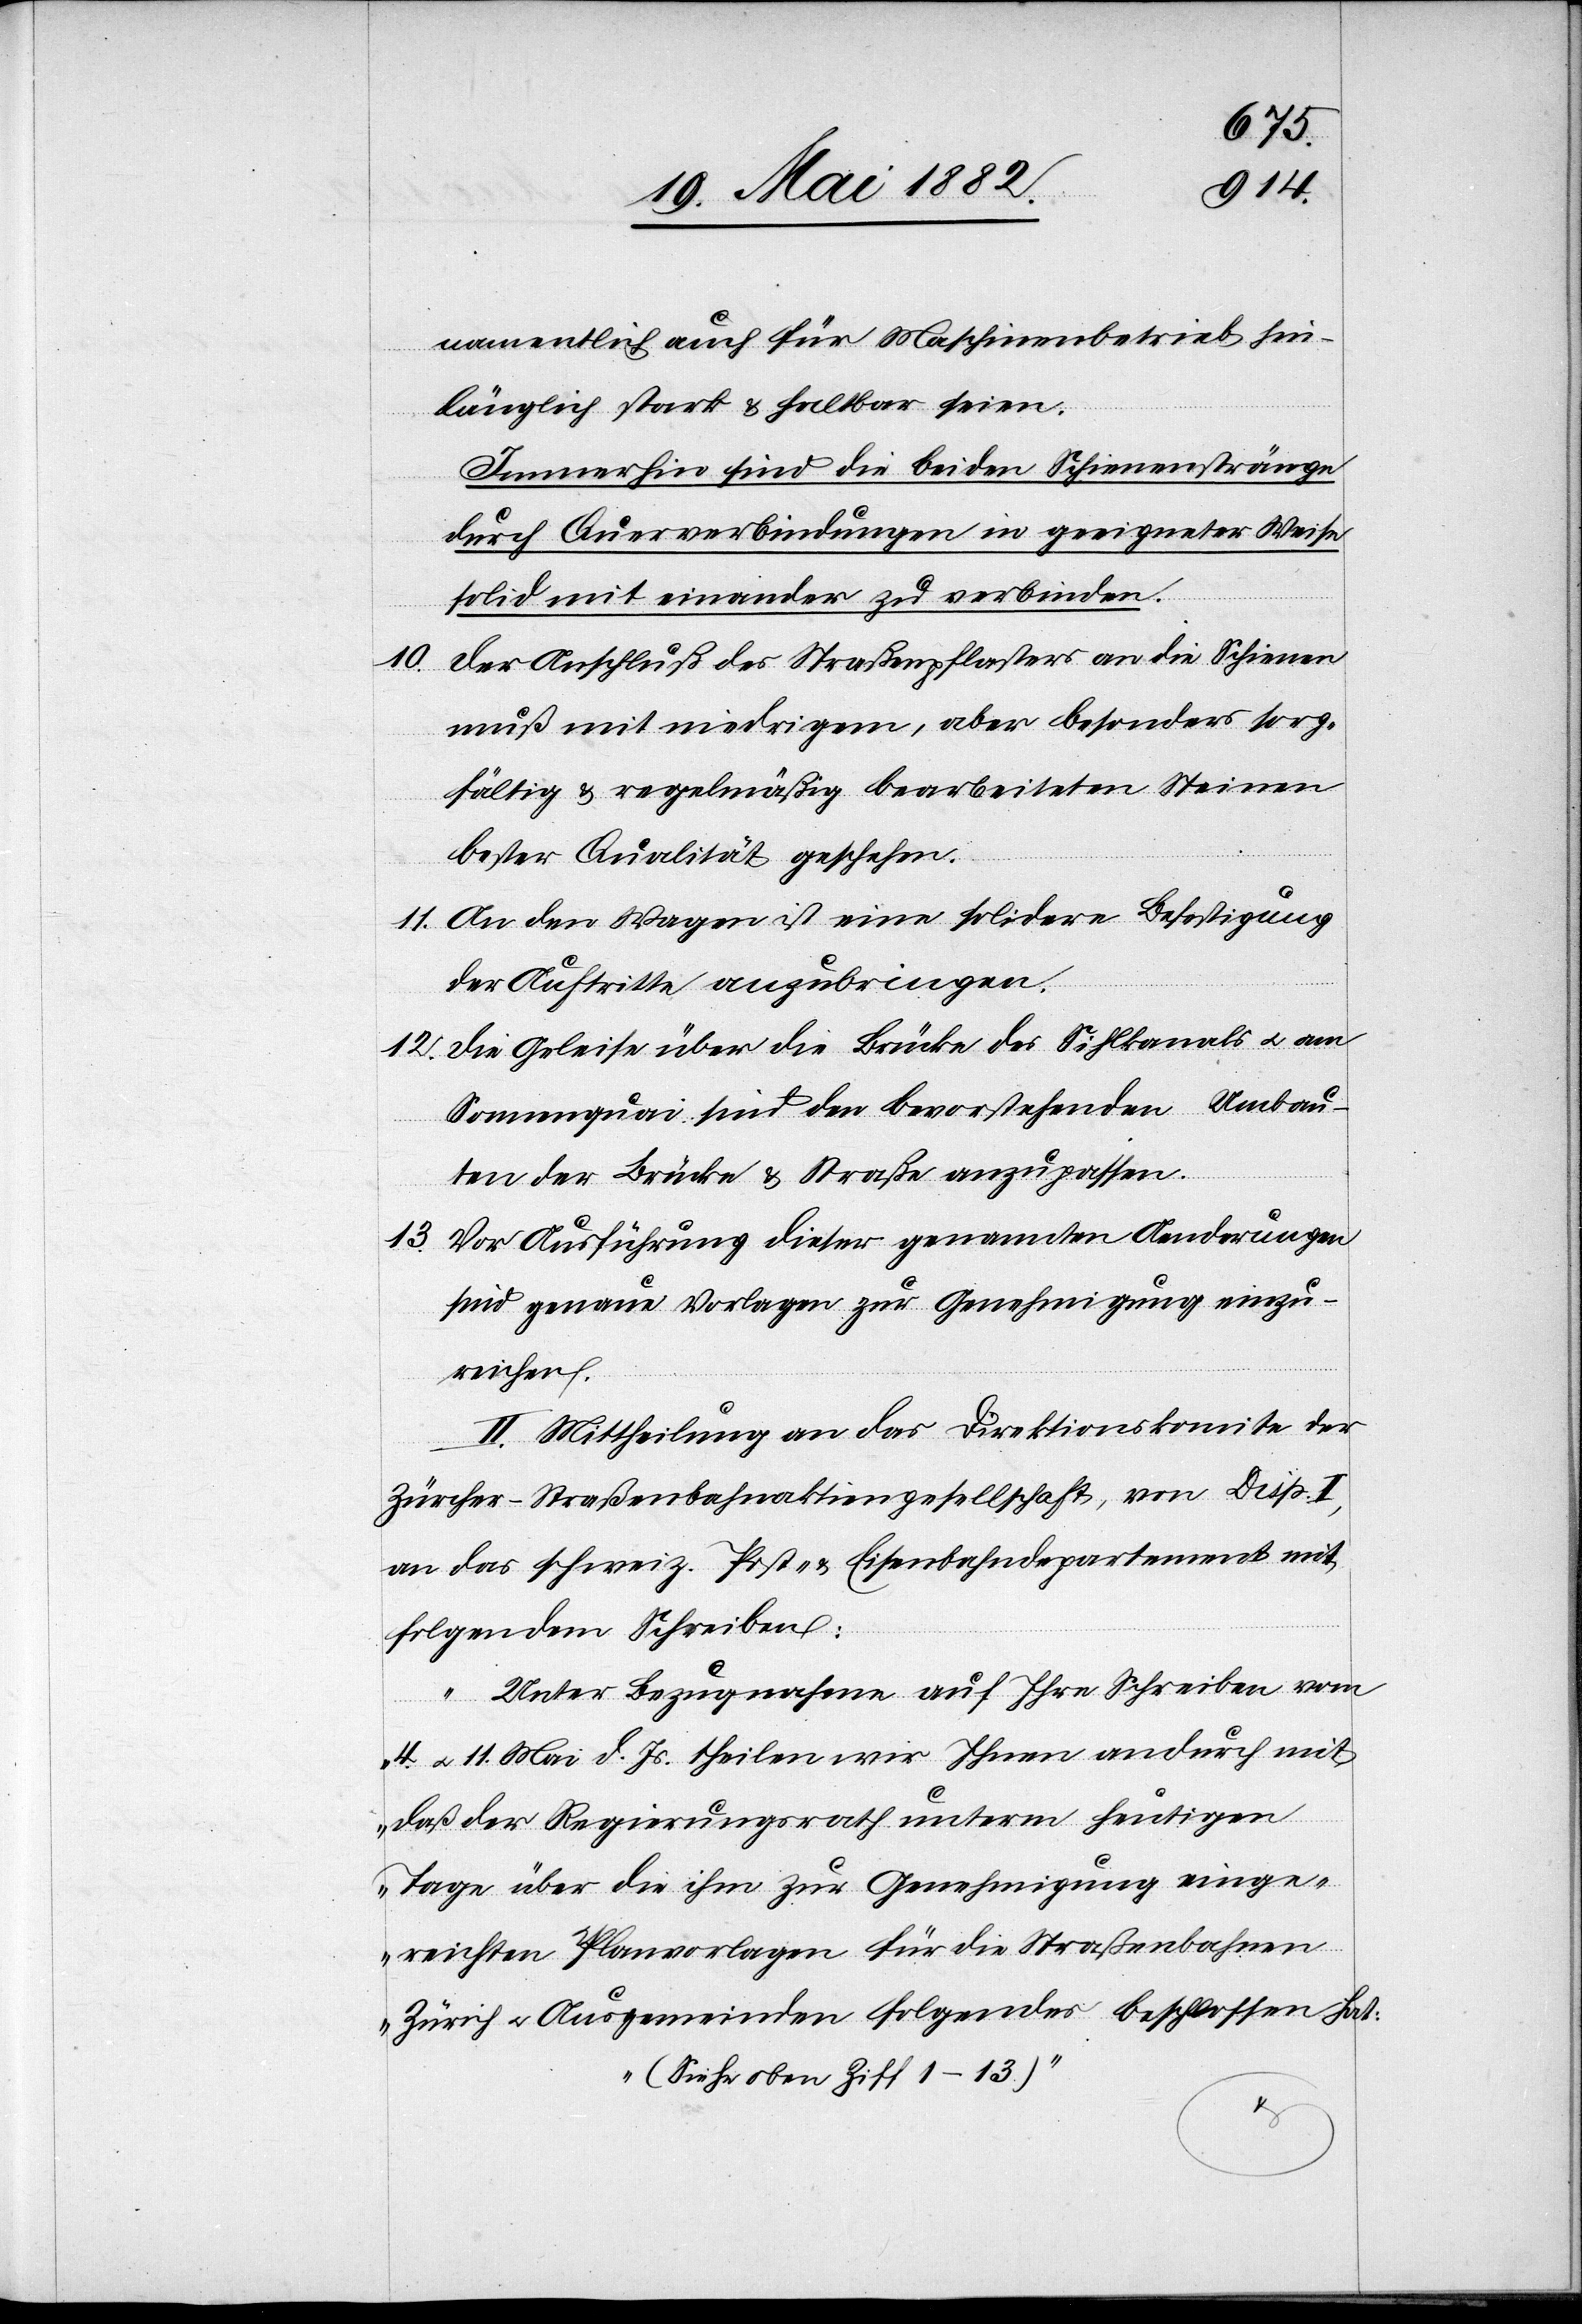
10.

namentlich auch für Maschinenbetrieb hin¬
länglich stark & haltbar seien.
Immerhin sind die beiden Schienenstränge
durch Querverbindungen in geeigneter Weise
solid mit einander zu verbinden.
Der Anschluß des Straßenpflasters an die Schienen
muß mit niedrigem [sic!], aber besonders sorg¬
fältig & regelmäßig bearbeiteten Steinen
bester Qualität geschehen.
11. An den Wagen ist eine solidere Befestigung
der Auftritte anzubringen.
12. Die Geleise über die Brücke des Sihlkanals u. am
Sonnenquai sind den bevorstehenden Umbau¬
ten der Brücke & Straße anzupassen.
13. Vor Ausführung dieser genannten Aenderungen
sind genaue Vorlagen zur Genehmigung einzu¬
reichen.
II. Mittheilung an das Direktionskomite der
Zürcher-Straßenbahnaktiengesellschaft, von Disp. I.
an das schweiz. Post- & Eisenbahndepartement mit
folgendem Schreiben:
„Unter Bezugnahme auf Ihre Schreiben vom
4. u. 11. Mai d. Js. theilen wir Ihnen andurch mit,
daß der Regierungsrath unterm heutigen
Tage über die ihm zur Genehmigung einge¬
reichten Planvorlagen für die Straßenbahnen
Zürich u. Ausgemeinden Folgendes beschlossen hat:
(Siehe oben Ziff. 1–13)“